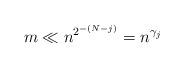
LaTeX: \begin{align*}m\ll n^{2^{-(N-j)}}=n^{\gamma _{j}} \end{align*}